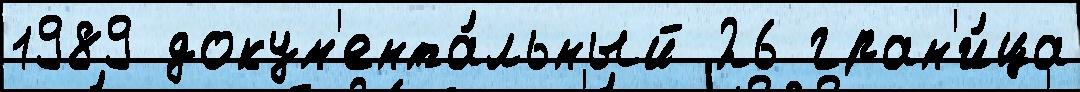
1989 докум'ента́льный 26 гран'и́ца